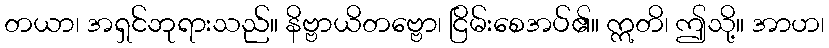
တယာ၊ အရှင်ဘုရားသည်။ နိဗ္ဗာယိတဗ္ဗော၊ ငြိမ်းစေအပ်၏။ ဣတိ၊ ဤသို့။ အာဟ၊